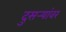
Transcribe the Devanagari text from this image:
दुसर्‍यांवर